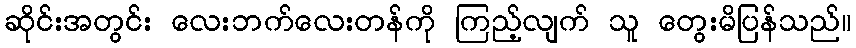
ဆိုင်းအတွင်း လေးဘက်လေးတန်ကို ကြည့်လျက် သူ တွေးမိပြန်သည်။